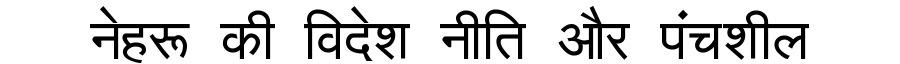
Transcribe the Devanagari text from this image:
नेहरू की विदेश नीति और पंचशील